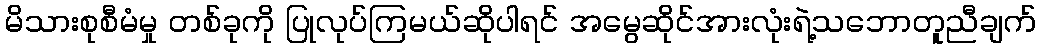
မိသားစုစီမံမှု တစ်ခုကို ပြုလုပ်ကြမယ်ဆိုပါရင် အမွေဆိုင်အားလုံးရဲ့သဘောတူညီချက်